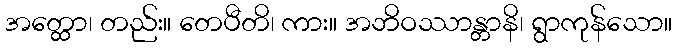
အတ္ထော၊ တည်း။ တေပီတိ၊ ကား။ အဘိဝဿာန္တာနိ၊ ရွာကုန်သော။